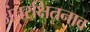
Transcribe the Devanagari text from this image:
अंतरक्षितनाव